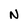
Character: N